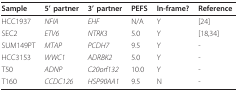
<table><thead><tr><td><b>Sample</b></td><td><b>5&#x27; partner</b></td><td><b>3&#x27; partner</b></td><td><b>PEFS</b></td><td><b>In-frame?</b></td><td><b>Reference</b></td></tr></thead><tbody><tr><td>HCC1937</td><td><i>NFIA</i></td><td><i>EHF</i></td><td>N/A</td><td>Y</td><td>[24]</td></tr><tr><td>SEC2</td><td><i>ETV6</i></td><td><i>NTRK3</i></td><td>5.0</td><td>Y</td><td>[18,34]</td></tr><tr><td>SUM149PT</td><td><i>MTAP</i></td><td><i>PCDH7</i></td><td>9.5</td><td>Y</td><td>-</td></tr><tr><td>HCC3153</td><td><i>WWC1</i></td><td><i>ADRBK2</i></td><td>5.0</td><td>Y</td><td>-</td></tr><tr><td>T50</td><td><i>ADNP</i></td><td><i>C20orf132</i></td><td>10.0</td><td>Y</td><td>-</td></tr><tr><td>T160</td><td><i>CCDC126</i></td><td><i>HSP90AA1</i></td><td>9.5</td><td>N</td><td>-</td></tr></tbody></table>